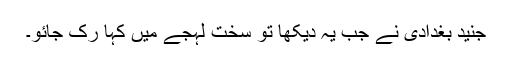
جنید بغدادی نے جب یہ دیکھا تو سخت لہجے میں کہا رک جائو۔